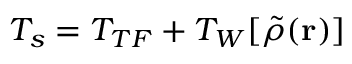
T _ { s } = T _ { T F } + T _ { W } [ \tilde { \rho } ( \mathbf { r } ) ]